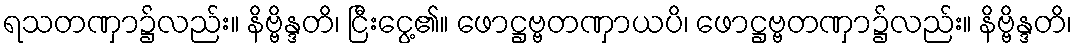
ရသတဏှာ၌လည်း။ နိဗ္ဗိန္ဒတိ၊ ငြီးငွေ့၏။ ဖောဋ္ဌဗ္ဗတဏှာယပိ၊ ဖောဋ္ဌဗ္ဗတဏှာ၌လည်း။ နိဗ္ဗိန္ဒတိ၊